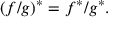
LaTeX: ( f / g ) ^ { * } = f ^ { * } / g ^ { * } .